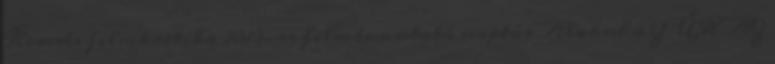
Keresés filmkritika 2019-es filmbemutató naptár Alakul a ZŰR AZ